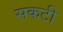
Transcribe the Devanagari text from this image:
सकटी